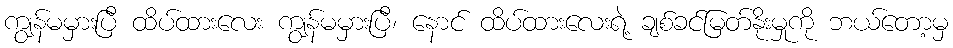
ကျွန်မမှားပြီ ထိပ်ထားလေး ကျွန်မမှားပြီ၊ နောင် ထိပ်ထားလေးရဲ့ ချစ်ခင်မြတ်နိုးမှုကို ဘယ်တော့မှ